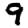
Digit: 9